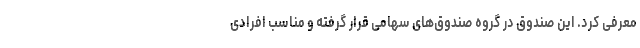
معرفی کرد. این صندوق در گروه صندوق‌های سهامی قرار گرفته و مناسب افرادی